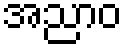
အညာဝ